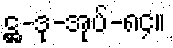
ဋ္ဌ-ဒု-အုပ်-၈၄။